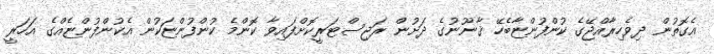
އެގޮތުން ދިވެހިރާއްޖޭގެ ކުންފުންޏާބެހޭ ޤާނޫނުގެ ދަށުން ރަޖިސްޓަރީކޮށްފައިވާ ކޮންމެ ކުންފުންޏަކުން އެކުންފުންޏެއްގެ އަހަރީ